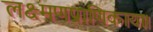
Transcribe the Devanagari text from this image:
लक्ष्मणप्राणिकायाः।